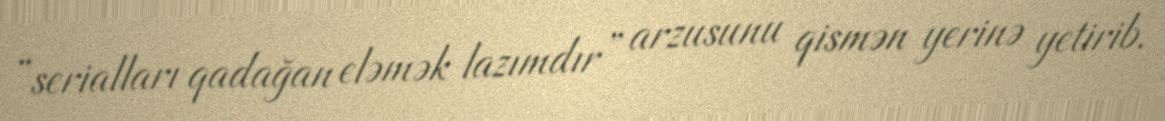
“serialları qadağan eləmək lazımdır” arzusunu qismən yerinə yetirib.